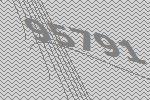
95791